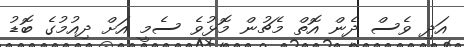
އަދި ވެސް ދެން އޮތް މެޗުން މޮޅުވެ ސެމީ އަށް ދިއުމުގެ ބޮޑު